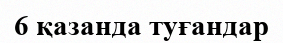
6 қазанда туғандар